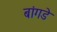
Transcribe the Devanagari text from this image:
बांगडे